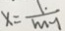
x = \frac { 1 . } { m - 1 }